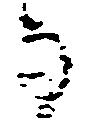
な